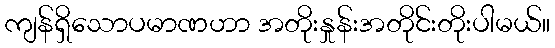
ကျန်ရှိသောပမာဏဟာ အတိုးနှုန်းအတိုင်းတိုးပါမယ်။